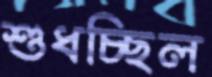
শুধচ্ছিল